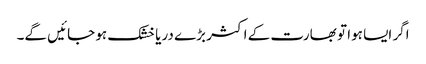
اگر ایسا ہوا تو بھارت کے اکثر بڑے دریا خشک ہو جائیں گے۔